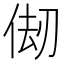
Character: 𠉨